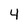
Character: 4